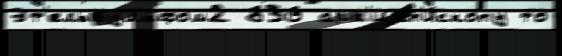
Эт'ельвульфом2 836 арх'иjеп'и́скопу то